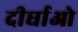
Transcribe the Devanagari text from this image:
दीर्घाओ